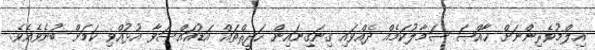
އިލްމުވެރިންނަށް ޚާއްޞަ ސަމާލުކަމެއް ދެއްވައި ގިނަގިނައިން ހަދީޘްތައް އަޑުއައްސަވާ އުޅުއްވި ކަމަށް ބުނެވެއެވެ.